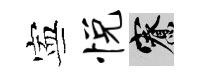
寕悦寮